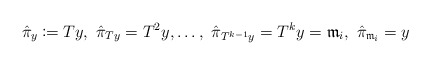
\begin{align*}\hat{\pi}_y\coloneqq Ty ,\ \hat{\pi}_{Ty}=T^2y,\dots,\ \hat{\pi}_{T^{k-1}y}=T^ky=\mathfrak{m}_i,\ \hat{\pi}_{\mathfrak{m}_i}=y\end{align*}